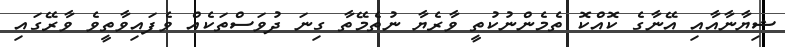
ޝިޔާނާއާއި އޭނާގެ ކޮއްކޮ ތެމެންނުކުތީ ވާރެޔާ ނުތެމޭތާ ގިނަ ދުވަސްތަކެއް ވެފައިވާތީވެ ވާރޭގައި